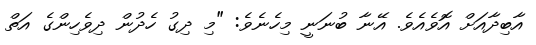
އާބިދާއަށް އޮވެއެވެ. އޭނާ ބުނަނީ މިހެނެވެ: "މި ދިގު ހެދުން ދިވެހިންގެ އަތް